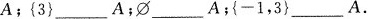
A；{3}_____A；∅____A；\left \{ -1,3 \right \} ____A。